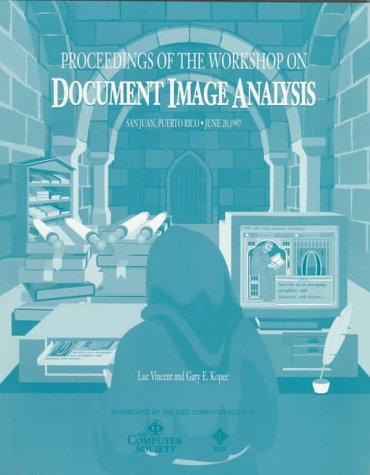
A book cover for Document Image Anallysis, 1997 Workshop (Dia '97); IEEE Computer Society; Computers & Technology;